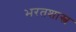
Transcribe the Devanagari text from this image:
भरतशास्त्र